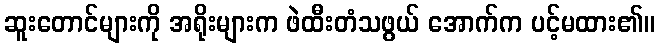
ဆူးတောင်များကို အရိုးများက ဖဲထီးတံသဖွယ် အောက်က ပင့်မထား၏။